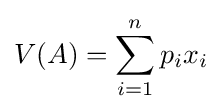
V(A)=\sum _{i=1}^{n}p_{i}x_{i}